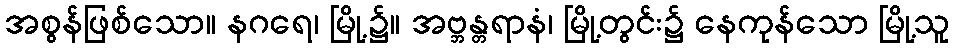
အစွန်ဖြစ်သော။ နဂရေ၊ မြို့၌။ အဗ္ဘန္တရာနံ၊ မြို့တွင်း၌ နေကုန်သော မြို့သူ